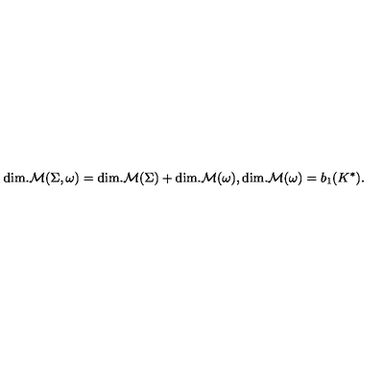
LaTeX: \mathrm { d i m . } { \cal M } ( \Sigma , \omega ) = \mathrm { d i m . } { \cal M } ( \Sigma ) + \mathrm { d i m . } { \cal M } ( \omega ) , { } \mathrm { d i m . } { \cal M } ( \omega ) = b _ { 1 } ( K ^ { \ast } ) .